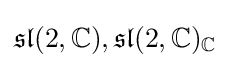
{\mathfrak {sl}}(2,\mathbb {C} ),{\mathfrak {sl}}(2,\mathbb {C} )_{\mathbb {C} }